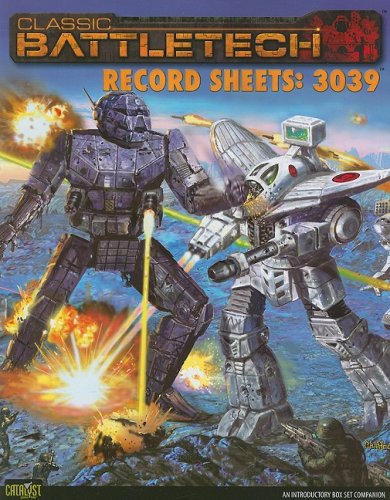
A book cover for Battletech Record Sheets 3039; Catalyst Game Labs; Science Fiction & Fantasy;